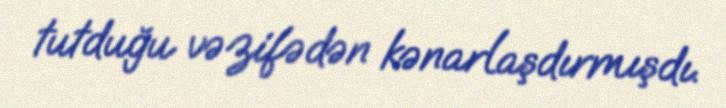
tutduğu vəzifədən kənarlaşdırmışdı.